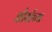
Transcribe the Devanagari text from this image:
शौर्याच्या